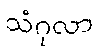
သံဂုလာ